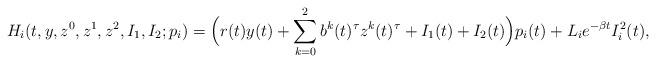
LaTeX: \begin{align*}H_i(t,y,z^0,z^1,z^2,I_1,I_2;p_i)=\Big(r(t)y(t)+\sum_{k=0}^2b^k(t)^\tau z^k(t)^\tau+I_1(t)+I_2(t)\Big)p_i(t)+L_ie^{-\beta t}I_i^2(t),\end{align*}